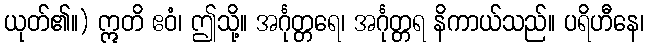
ယုတ်၏။) ဣတိ ဧဝံ၊ ဤသို့။ အင်္ဂုတ္တရေ၊ အင်္ဂုတ္တရ နိကာယ်သည်။ ပရိဟီနေ၊